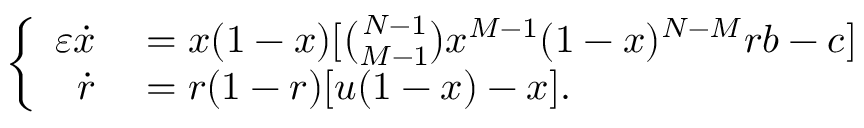
\left\{ \begin{array} { r l } { \varepsilon \dot { x } } & { { } = x ( 1 - x ) [ \binom { N - 1 } { M - 1 } x ^ { M - 1 } ( 1 - x ) ^ { N - M } r b - c ] } \\ { \dot { r } } & { { } = r ( 1 - r ) [ u ( 1 - x ) - x ] . } \end{array} \right.